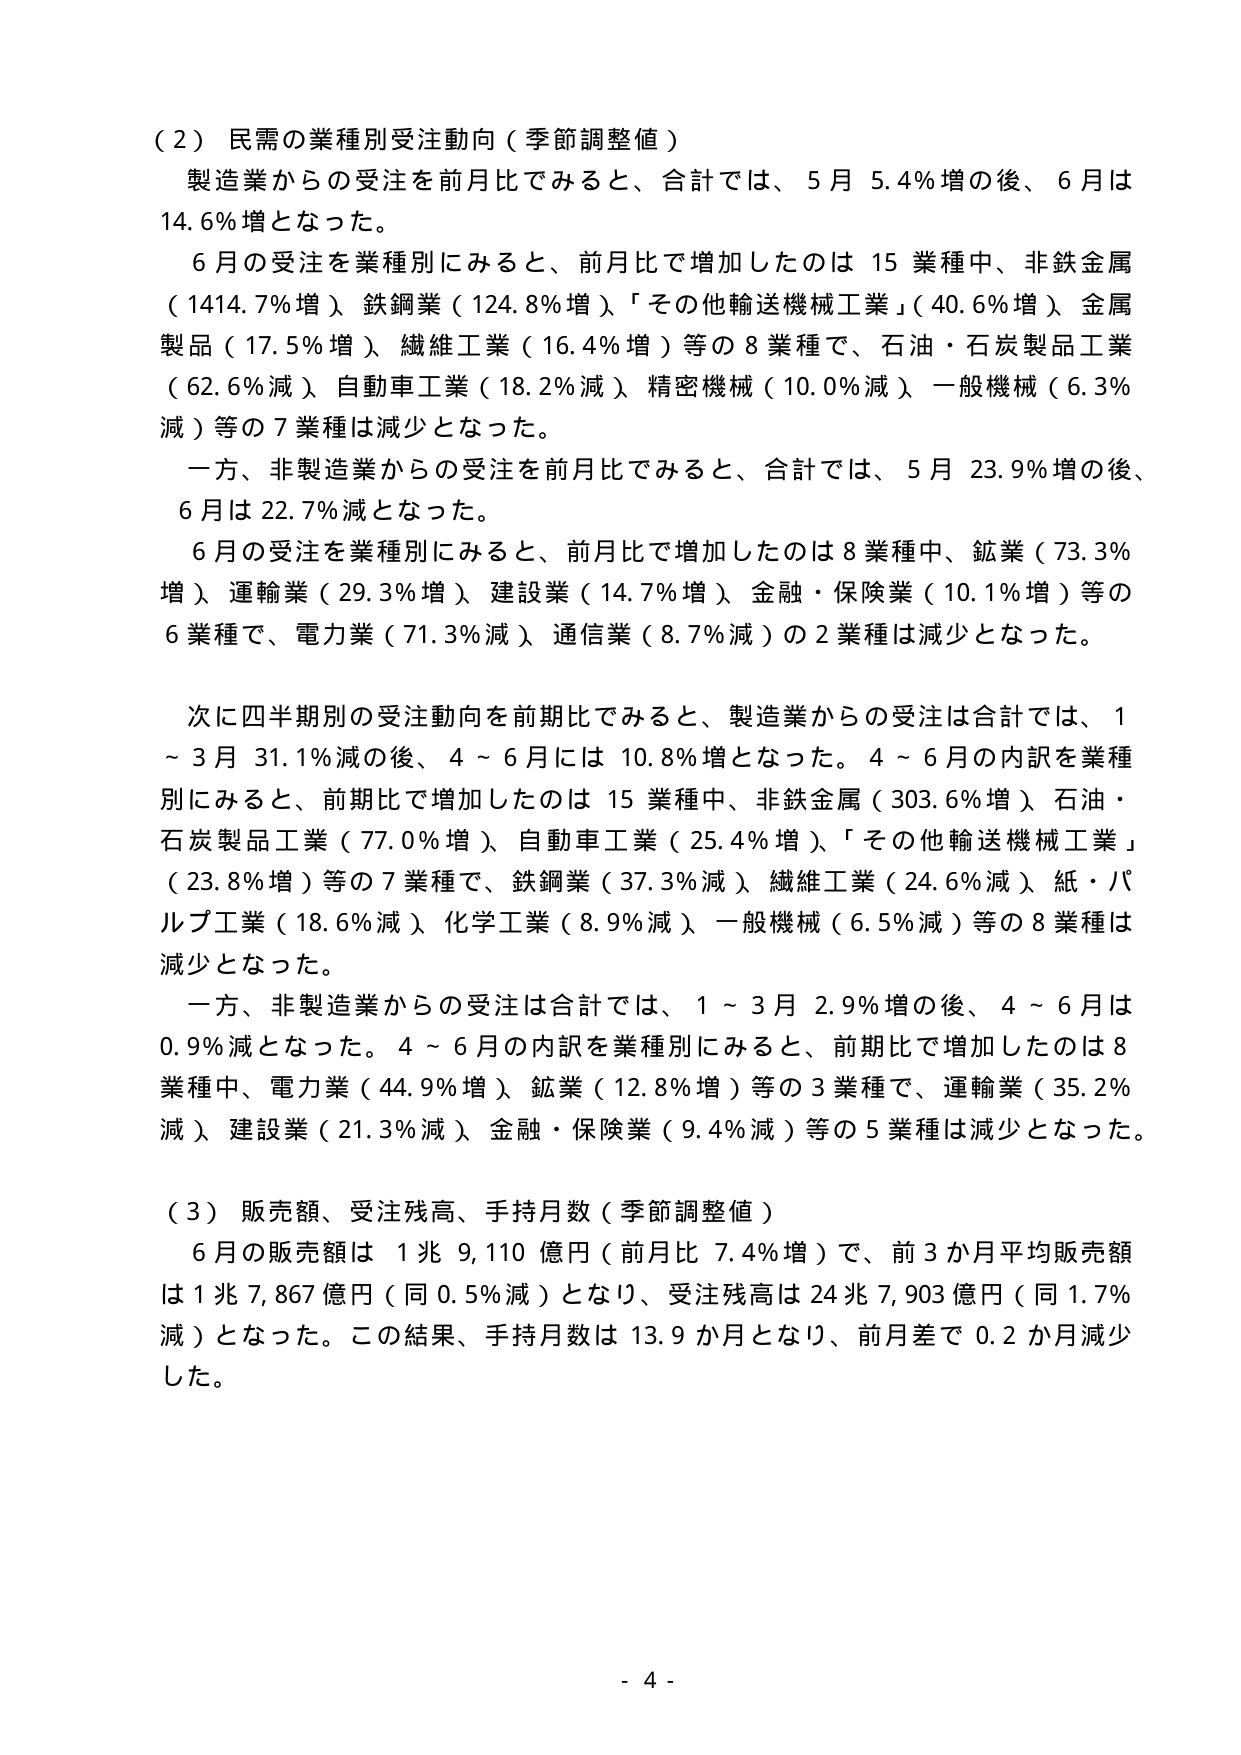
（２）民需の業種別受注動向（季節調整値）
製造業からの受注を前月比でみると、合計では、５月 5.4％増の後、６月は 14.6％増となった。
６月の受注を業種別にみると、前月比で増加したのは 15 業種中、非鉄金属（1414.7％増）、鉄鋼業（124.8％増）、「その他輸送機械工業」（40.6％増）、金属製品（17.5％増）、繊維工業（16.4％増）等の 8 業種で、石油・石炭製品工業（62.6％減）、自動車工業（18.2％減）、精密機械（10.0％減）、一般機械（6.3％減）等の 7 業種は減少となった。
一方、非製造業からの受注を前月比でみると、合計では、５月 23.9％増の後、６月は 22.7％減となった。
６月の受注を業種別にみると、前月比で増加したのは 8 業種中、鉱業（73.3％増）、運輸業（29.3％増）、建設業（14.7％増）、金融・保険業（10.1％増）等の 6 業種で、電力業（71.3％減）、通信業（8.7％減）の 2 業種は減少となった。

次に四半期別の受注動向を前期比でみると、製造業からの受注は合計では、1～3月 31.1％減の後、4～6月には 10.8％増となった。4～6月の内訳を業種別にみると、前期比で増加したのは 15 業種中、非鉄金属（303.6％増）、石油・石炭製品工業（77.0％増）、自動車工業（25.4％増）、「その他輸送機械工業」（23.8％増）等の 7 業種で、鉄鋼業（37.3％減）、繊維工業（24.6％減）、紙・パルプ工業（18.6％減）、化学工業（8.9％減）、一般機械（6.5％減）等の 8 業種は減少となった。
一方、非製造業からの受注は合計では、1～3月 2.9％増の後、4～6月は 0.9％減となった。4～6月の内訳を業種別にみると、前期比で増加したのは 8 業種中、電力業（44.9％増）、鉱業（12.8％増）等の 3 業種で、運輸業（35.2％減）、建設業（21.3％減）、金融・保険業（9.4％減）等の 5 業種は減少となった。

（３）販売額、受注残高、手持月数（季節調整値）
６月の販売額は 1兆 9,110 億円（前月比 7.4％増）で、前 3 か月平均販売額は 1兆 7,867 億円（同 0.5％減）となり、受注残高は 24兆 7,903 億円（同 1.7％減）となった。この結果、手持月数は 13.9 か月となり、前月差で 0.2 か月減少した。

- 4 -